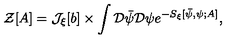
{ \mathcal Z } [ A ] = { \mathcal J } _ { \xi } [ b ] \times \int { \mathcal D } { \bar { \psi } } { \mathcal D } \psi e ^ { - S _ { \xi } [ { \bar { \psi } } , \psi ; A ] } ,